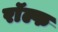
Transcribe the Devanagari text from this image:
राॅल्फ